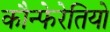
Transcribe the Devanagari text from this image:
कौन्फेरेतियो